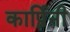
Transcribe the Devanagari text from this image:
कार्प्रिनी